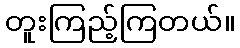
တူးကြည့်ကြတယ်။